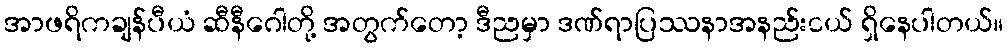
အာဖရိကချန်ပီယံ ဆီနီဂေါတို့ အတွက်တော့ ဒီညမှာ ဒဏ်ရာပြဿနာအနည်းငယ် ရှိနေပါတယ်။